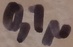
Text: 0,1µ